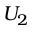
U _ { 2 }